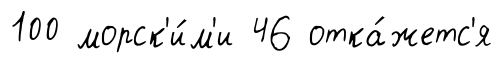
100 морск'и́м'и 46 отка́жетс'я